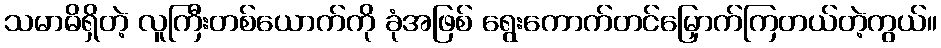
သမာဓိရှိတဲ့ လူကြီးတစ်ယောက်ကို ခုံအဖြစ် ရွေးကောက်တင်မြှောက်ကြတယ်တဲ့ကွယ်။